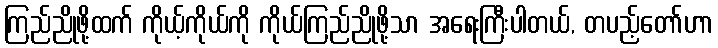
ကြည်ညိုဖို့ထက် ကိုယ့်ကိုယ်ကို ကိုယ်ကြည်ညိုဖို့သာ အရေးကြီးပါတယ်, တပည့်တော်ဟာ